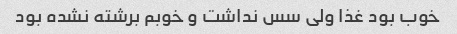
خوب بود غذا ولی سس نداشت و خوبم برشته نشده بود